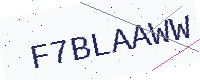
Text: F7BLAAWW